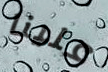
علينا